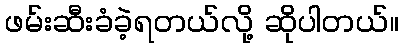
ဖမ်းဆီးခံခဲ့ရတယ်လို့ ဆိုပါတယ်။